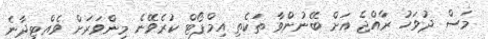
މަސް ދުވަހު ރާއްޖެ އަށް ބޭނުންވާ ތަކެތި އިމްޕޯޓް ކުރެވޭނެ މިންވަރަށް ވެއްޓިދާނެ